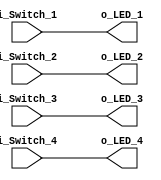

// implementing 
module top
    (   input i_Switch_1, 
        input i_Switch_2,
        input i_Switch_3,
        input i_Switch_4,
        output o_LED_1,
        output o_LED_2,
        output o_LED_3,
        output o_LED_4 );

// wire switch with LED
assign o_LED_1 = i_Switch_1;
assign o_LED_2 = i_Switch_2;
assign o_LED_3 = i_Switch_3;
assign o_LED_4 = i_Switch_4;

endmodule